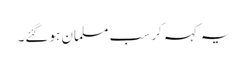
یہ کہہ کر سب مسلمان ہوگئے۔